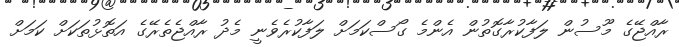
ރާއްޖޭގެ މޫސުން ލަފާކުރާގޮތުން އެންމެ ގޯސްކަމަށް ލަފާކުރެވެނީ މެދު ރާއްޖެތެރޭގެ އަތޮޅުތަކަށް ކަމަށް